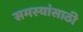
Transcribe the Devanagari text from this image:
समस्यांसाठी